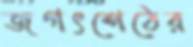
জগৎশেঠের